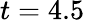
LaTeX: t=4.5